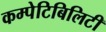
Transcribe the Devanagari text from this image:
कम्पेटिबिलिटी